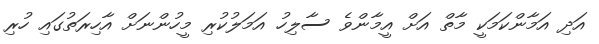
އަދި އަމާންކަމަކީ މާތް އަށް އީމާންވެ ސާލިހު އަމަލުކުރި މީހުންނަށް އާހިރަތުގައި ހުރި